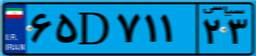
۸۴D۲۳۴۶۳